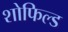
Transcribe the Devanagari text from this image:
शोफिल्ड